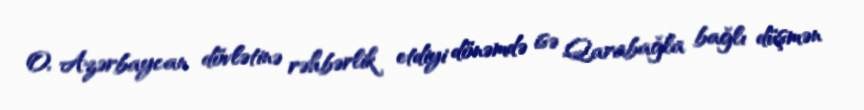
O, Azərbaycan dövlətinə rəhbərlik etdiyi dönəmdə isə Qarabağla bağlı düşmən